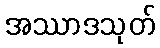
အဿာဒသုတ်